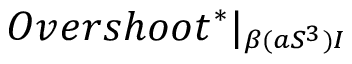
O v e r s h o o t ^ { * } | _ { \substack { _ { \beta ( a S ^ { 3 } ) I } } }